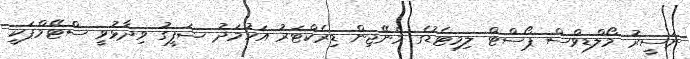
ނަސީރު މޯލްޑިވްސް ޕޯސްޓް ލިމިޓެޑުގެ މެނޭޖިން ޑިރެކްޓަރު އަހުމަދު ޝަފީގު ވިދާޅުވީ ސްޓޭމްޕަކީ